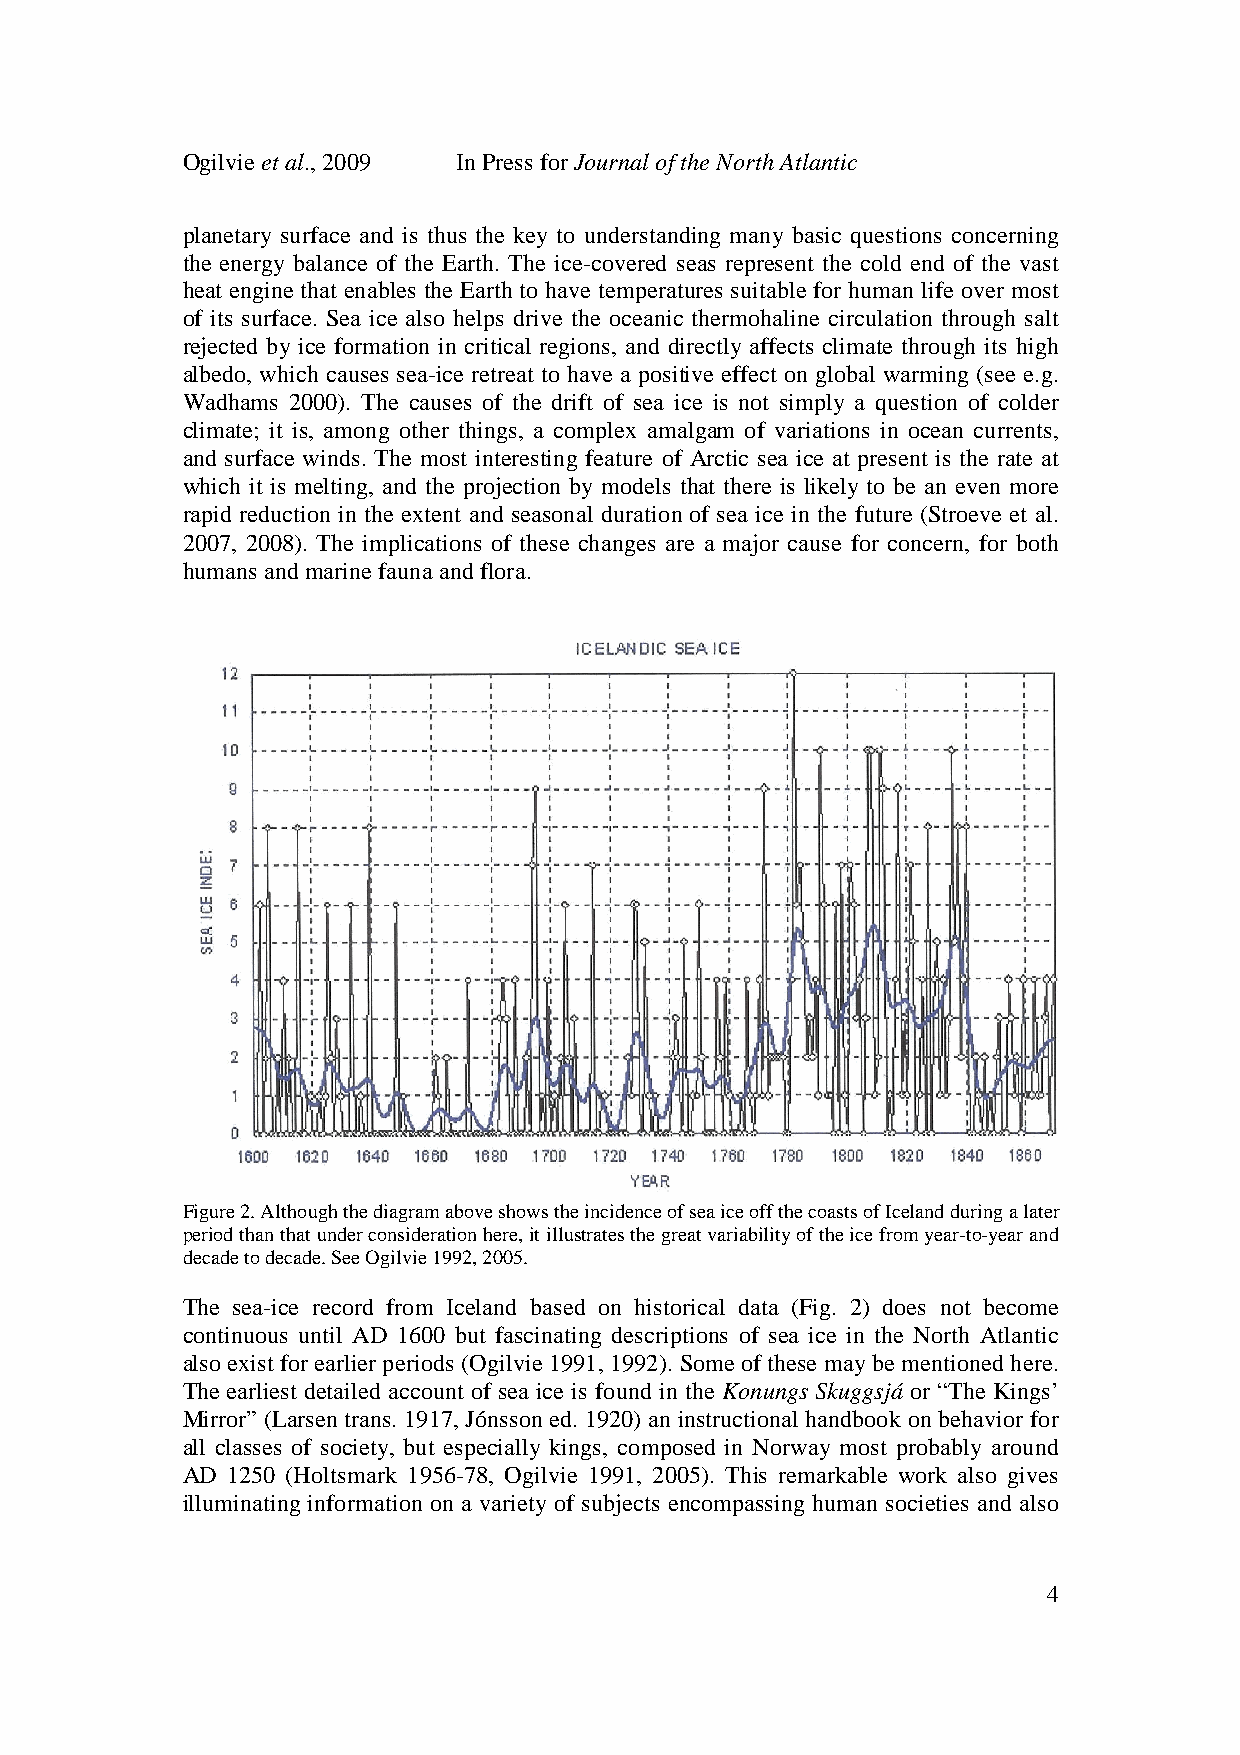
Ogilvie et al., 2009 In Press for Journal of the North Atlantic
 planetary surface and is thus the key to understanding many basic questions concerning
 the energy balance of the Earth. The ice-covered seas represent the cold end of the vast
 heat engine that enables the Earth to have temperatures suitable for human life over most
 of its surface. Sea ice also helps drive the oceanic thermohaline circulation through salt
 rejected by ice formation in critical regions, and directly affects climate through its high
 albedo, which causes sea-ice retreat to have a positive effect on global warming (see e.g.
 Wadhams 2000). The causes of the drift of sea ice is not simply a question of colder
 climate; it is, among other things, a complex amalgam of variations in ocean currents,
 and surface winds. The most interesting feature of Arctic sea ice at present is the rate at
 which it is melting, and the projection by models that there is likely to be an even more
 rapid reduction in the extent and seasonal duration of sea ice in the future (Stroeve et al.
 2007, 2008). The implications of these changes are a major cause for concern, for both
 humans and marine fauna and flora.
 Figure 2. Although the diagram above shows the incidence of sea ice off the coasts of Iceland during a later
 period than that under consideration here, it illustrates the great variability of the ice from year-to-year and
 decade to decade. See Ogilvie 1992, 2005.
 The sea-ice record from Iceland based on historical data (Fig. 2) does not become
 continuous until AD 1600 but fascinating descriptions of sea ice in the North Atlantic
 also exist for earlier periods (Ogilvie 1991, 1992). Some of these may be mentioned here.
 The earliest detailed account of sea ice is found in the Konungs Skuggsjá or “The Kings’
 Mirror” (Larsen trans. 1917, Jónsson ed. 1920) an instructional handbook on behavior for
 all classes of society, but especially kings, composed in Norway most probably around
 AD 1250 (Holtsmark 1956-78, Ogilvie 1991, 2005). This remarkable work also gives
 illuminating information on a variety of subjects encompassing human societies and also
 4